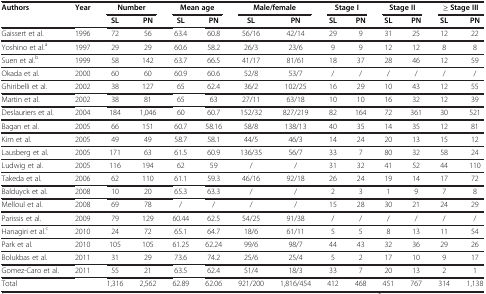
<table><thead><tr><td rowspan="2"><b>Authors</b></td><td rowspan="2"><b>Year</b></td><td colspan="2"><b>Number</b></td><td colspan="2"><b>Mean age</b></td><td colspan="2"><b>Male/female</b></td><td colspan="2"><b>Stage I</b></td><td colspan="2"><b>Stage II</b></td><td colspan="2"><b>≥ Stage III</b></td></tr><tr><td><b>SL</b></td><td><b>PN</b></td><td><b>SL</b></td><td><b>PN</b></td><td><b>SL</b></td><td><b>PN</b></td><td><b>SL</b></td><td><b>PN</b></td><td><b>SL</b></td><td><b>PN</b></td><td><b>SL</b></td><td><b>PN</b></td></tr></thead><tbody><tr><td>Gaissert et al.</td><td>1996</td><td>72</td><td>56</td><td>63.4</td><td>60.8</td><td>56/16</td><td>42/14</td><td>29</td><td>9</td><td>31</td><td>25</td><td>12</td><td>22</td></tr><tr><td>Yoshino et al.<sup>a</sup></td><td>1997</td><td>29</td><td>29</td><td>60.6</td><td>58.2</td><td>26/3</td><td>23/6</td><td>9</td><td>9</td><td>12</td><td>12</td><td>8</td><td>8</td></tr><tr><td>Suen et al.<sup>b</sup></td><td>1999</td><td>58</td><td>142</td><td>63.7</td><td>66.5</td><td>41/17</td><td>81/61</td><td>18</td><td>37</td><td>28</td><td>46</td><td>12</td><td>59</td></tr><tr><td>Okada et al.</td><td>2000</td><td>60</td><td>60</td><td>60.9</td><td>60.6</td><td>52/8</td><td>53/7</td><td>/</td><td>/</td><td>/</td><td>/</td><td>/</td><td>/</td></tr><tr><td>Ghiribelli et al.</td><td>2002</td><td>38</td><td>127</td><td>65</td><td>62.4</td><td>36/2</td><td>102/25</td><td>16</td><td>29</td><td>10</td><td>43</td><td>12</td><td>55</td></tr><tr><td>Martin et al.</td><td>2002</td><td>38</td><td>81</td><td>65</td><td>63</td><td>27/11</td><td>63/18</td><td>10</td><td>10</td><td>16</td><td>32</td><td>12</td><td>39</td></tr><tr><td>Deslauriers et al.</td><td>2004</td><td>184</td><td>1,046</td><td>60</td><td>60.7</td><td>152/32</td><td>827/219</td><td>82</td><td>164</td><td>72</td><td>361</td><td>30</td><td>521</td></tr><tr><td>Bagan et al.</td><td>2005</td><td>66</td><td>151</td><td>60.7</td><td>58.16</td><td>58/8</td><td>138/13</td><td>40</td><td>35</td><td>14</td><td>35</td><td>12</td><td>81</td></tr><tr><td>Kim et al.</td><td>2005</td><td>49</td><td>49</td><td>58.7</td><td>58.1</td><td>44/5</td><td>46/3</td><td>14</td><td>24</td><td>20</td><td>13</td><td>15</td><td>12</td></tr><tr><td>Lausberg et al.</td><td>2005</td><td>171</td><td>63</td><td>61.5</td><td>60.9</td><td>136/35</td><td>56/7</td><td>33</td><td>7</td><td>80</td><td>32</td><td>58</td><td>24</td></tr><tr><td>Ludwig et al.</td><td>2005</td><td>116</td><td>194</td><td>62</td><td>59</td><td>/</td><td>/</td><td>31</td><td>32</td><td>41</td><td>52</td><td>44</td><td>110</td></tr><tr><td>Takeda et al.</td><td>2006</td><td>62</td><td>110</td><td>61.1</td><td>59.3</td><td>46/16</td><td>92/18</td><td>26</td><td>24</td><td>19</td><td>14</td><td>17</td><td>72</td></tr><tr><td>Balduyck et al.</td><td>2008</td><td>10</td><td>20</td><td>65.3</td><td>63.3</td><td>/</td><td>/</td><td>2</td><td>3</td><td>1</td><td>9</td><td>7</td><td>8</td></tr><tr><td>Melloul et al.</td><td>2008</td><td>69</td><td>78</td><td>/</td><td>/</td><td>/</td><td>/</td><td>15</td><td>28</td><td>30</td><td>21</td><td>24</td><td>29</td></tr><tr><td>Parissis et al.</td><td>2009</td><td>79</td><td>129</td><td>60.44</td><td>62.5</td><td>54/25</td><td>91/38</td><td>/</td><td>/</td><td>/</td><td>/</td><td>/</td><td>/</td></tr><tr><td>Hanagiri et al.<sup>c</sup></td><td>2010</td><td>24</td><td>72</td><td>65.1</td><td>64.7</td><td>18/6</td><td>61/11</td><td>5</td><td>5</td><td>8</td><td>13</td><td>11</td><td>54</td></tr><tr><td>Park et al.</td><td>2010</td><td>105</td><td>105</td><td>61.25</td><td>62.24</td><td>99/6</td><td>98/7</td><td>44</td><td>43</td><td>32</td><td>36</td><td>29</td><td>26</td></tr><tr><td>Bolukbas et al.</td><td>2011</td><td>31</td><td>29</td><td>73.6</td><td>74.2</td><td>25/6</td><td>25/4</td><td>5</td><td>2</td><td>17</td><td>10</td><td>9</td><td>17</td></tr><tr><td>Gomez-Caro et al.</td><td>2011</td><td>55</td><td>21</td><td>63.5</td><td>62.4</td><td>51/4</td><td>18/3</td><td>33</td><td>7</td><td>20</td><td>13</td><td>2</td><td>1</td></tr><tr><td>Total</td><td>[EMPTY_CELL]</td><td>1,316</td><td>2,562</td><td>62.89</td><td>62.06</td><td>921/200</td><td>1,816/454</td><td>412</td><td>468</td><td>451</td><td>767</td><td>314</td><td>1,138</td></tr></tbody></table>